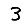
Digit: 3